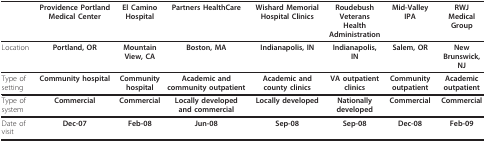
<table><thead><tr><td></td><td><b>Providence Portland Medical Center</b></td><td><b>El Camino Hospital</b></td><td><b>Partners HealthCare</b></td><td><b>Wishard Memorial Hospital Clinics</b></td><td><b>Roudebush VeteransHealth Administration</b></td><td><b>Mid-Valley IPA</b></td><td><b>RWJ Medical Group</b></td></tr></thead><tbody><tr><td>Location</td><td><b>Portland, OR</b></td><td><b>Mountain View, CA</b></td><td><b>Boston, MA</b></td><td><b>Indianapolis, IN</b></td><td><b>Indianapolis, IN</b></td><td><b>Salem, OR</b></td><td><b>New Brunswick, NJ</b></td></tr><tr><td>Type of setting</td><td><b>Community hospital</b></td><td><b>Community hospital</b></td><td><b>Academic and community outpatient</b></td><td><b>Academic and county clinics</b></td><td><b>VA outpatient clinics</b></td><td><b>Community outpatient</b></td><td><b>Academic outpatient</b></td></tr><tr><td>Type of system</td><td><b>Commercial</b></td><td><b>Commercial</b></td><td><b>Locally developed and commercial</b></td><td><b>Locally developed</b></td><td><b>Nationally developed</b></td><td><b>Commercial</b></td><td><b>Commercial</b></td></tr><tr><td>Date of visit</td><td><b>Dec-07</b></td><td><b>Feb-08</b></td><td><b>Jun-08</b></td><td><b>Sep-08</b></td><td><b>Sep-08</b></td><td><b>Dec-08</b></td><td><b>Feb-09</b></td></tr></tbody></table>